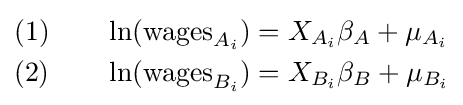
{\begin{aligned}(1)\qquad \ln({\text{wages}}_{A_{i}})&=X_{A_{i}}\beta _{A}+\mu _{A_{i}}\\(2)\qquad \ln({\text{wages}}_{B_{i}})&=X_{B_{i}}\beta _{B}+\mu _{B_{i}}\end{aligned}}